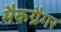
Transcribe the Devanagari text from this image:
मैकग्रैगर